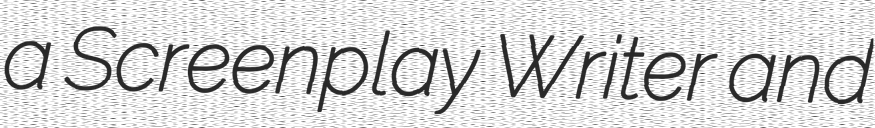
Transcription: a Screenplay Writer and